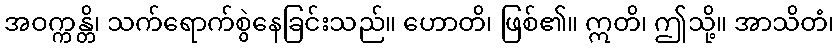
အဝက္ကန္တိ၊ သက်ရောက်စွဲနေခြင်းသည်။ ဟောတိ၊ ဖြစ်၏။ ဣတိ၊ ဤသို့။ အာသိတံ၊